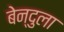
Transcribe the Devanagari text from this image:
बेन्दुला